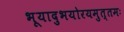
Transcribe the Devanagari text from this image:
भूयादुभयोरयमुत्तमः